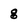
Character: g